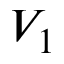
V _ { 1 }